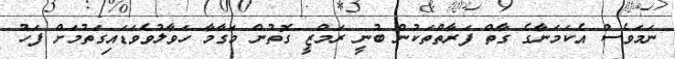
ނަމަވެސް އެކަމަނާގެ ގާތް ފަރާތްތަކުން ބުނީ ރަމްޒީ ގޮތުން މަގާމާ ހަވާލުވެވަޑައިގަތުމަށް ފަހު